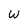
Character: W